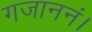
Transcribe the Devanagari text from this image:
गजाननं।